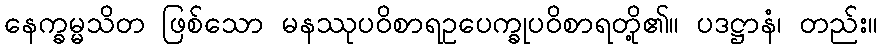
နေက္ခမ္မသိတ ဖြစ်သော မနဿုပဝိစာရဥပေက္ခုပဝိစာရတို့၏။ ပဒဋ္ဌာနံ၊ တည်း။